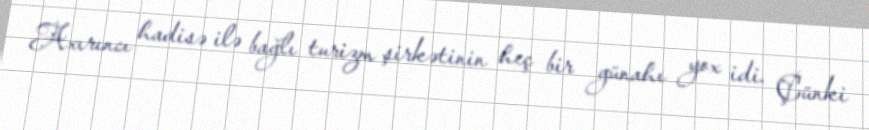
Axırıncı hadisə ilə bağlı turizm şirkətinin heç bir günahı yox idi. Çünki